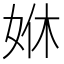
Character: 𡜨